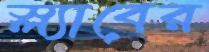
স্ল্যাবের